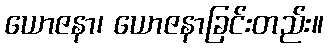
ယောဇနာ၊ ယောဇနာခြင်းတည်း။